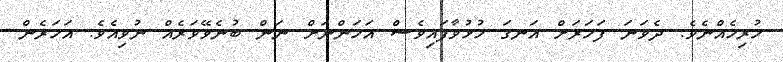
ހުރިހެއްނެވެ. ދެވަނަ ފަހަރަަށް އަނގަ ހުޅުވާފައިވެސް އަހަންނަށް ނަން ބުނެވޭވަރެއް ނުވިއެވެ. އަހަރެން